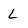
Character: L